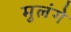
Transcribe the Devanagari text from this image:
मुलंगे